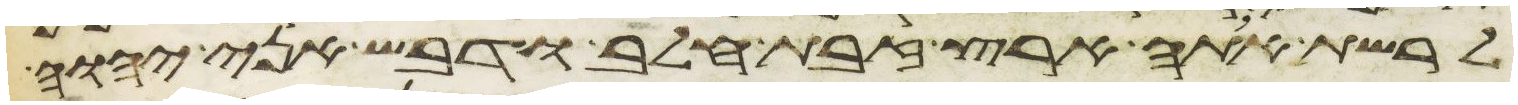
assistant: לרשת אתה ארץ זבת חלב ודבש אני יהוה